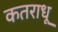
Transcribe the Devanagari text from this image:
कतराधू